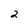
Character: 2